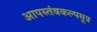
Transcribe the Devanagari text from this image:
आपस्तंबकल्पसूत्र